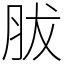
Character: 胈